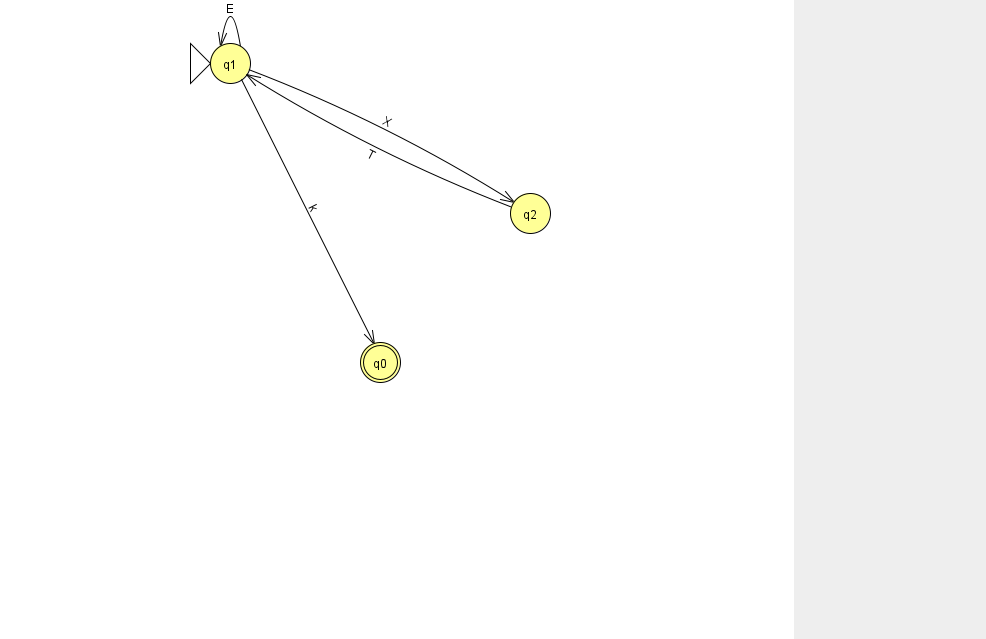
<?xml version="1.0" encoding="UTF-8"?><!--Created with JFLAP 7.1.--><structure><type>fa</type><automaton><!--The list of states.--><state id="0" name="q0"><x>380.0</x><y>349.0</y><final/></state><state id="1" name="q1"><x>230.0</x><y>50.0</y><initial/></state><state id="2" name="q2"><x>530.0</x><y>200.0</y></state><!--The list of transitions.--><transition><from>1</from><to>0</to><read>k</read></transition><transition><from>1</from><to>2</to><read>X</read></transition><transition><from>1</from><to>1</to><read>E</read></transition><transition><from>2</from><to>1</to><read>T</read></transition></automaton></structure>